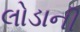
લોડાની